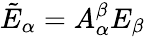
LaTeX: {\tilde{E}}_{\alpha}=A_{\alpha}^{\beta}E_{\beta}